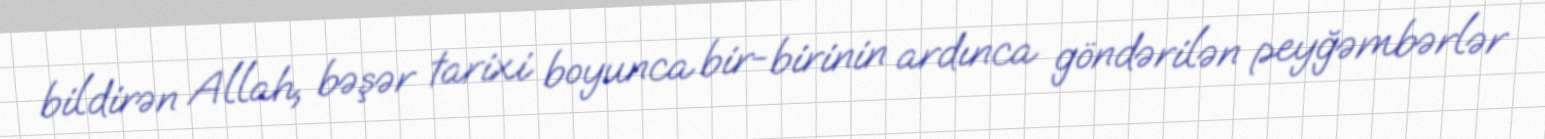
bildirən Allah, bəşər tarixi boyunca bir-birinin ardınca göndərilən peyğəmbərlər